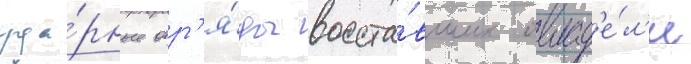
уда́рные отр'я́ды восста́вших овлад'е́л'и